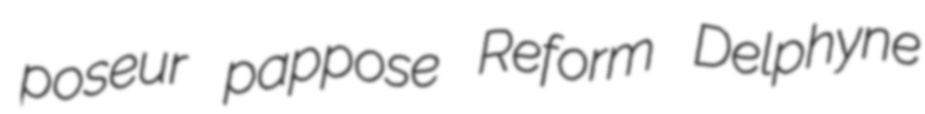
poseur pappose Reform Delphyne